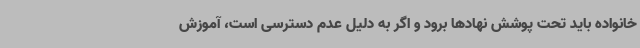
خانواده باید تحت پوشش نهادها برود و اگر به دلیل عدم دسترسی است، آموزش